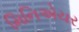
મિનિએચર